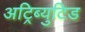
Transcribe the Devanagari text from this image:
अट्रिब्युटिड